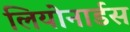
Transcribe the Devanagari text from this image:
लियोनार्डस